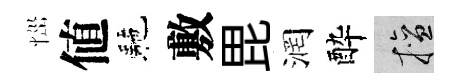
𢙉値駰敷毘润酔擅